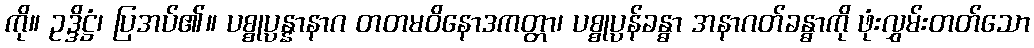
ကို။ ဥဒ္ဒိဋ္ဌံ၊ ပြအပ်၏။ ပစ္စုပ္ပန္နာနာဂ တတမဝိနောဒကတ္တာ၊ ပစ္စုပ္ပန်ခန္ဓာ အနာဂတ်ခန္ဓာကို ဖုံးလွှမ်းတတ်သော